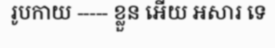
រូបកាយ ----- ខ្លួន អើយ អសារ ទេ